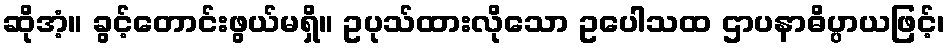
ဆိုအံ့။ ခွင့်တောင်းဖွယ်မရှိ။ ဥပုသ်ထားလိုသော ဥပေါသထ ဌာပနာဓိပ္ပာယဖြင့်၊